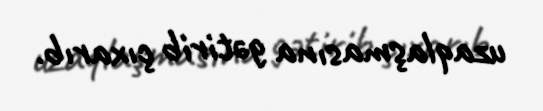
uzaqlaşmasına gətirib çıxarıb.